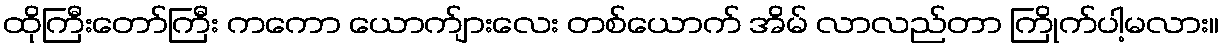
ထိုကြီးတော်ကြီး ကကော ယောက်ျားလေး တစ်ယောက် အိမ် လာလည်တာ ကြိုက်ပါ့မလား။